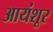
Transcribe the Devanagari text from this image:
आयंशूर